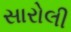
સારોલી